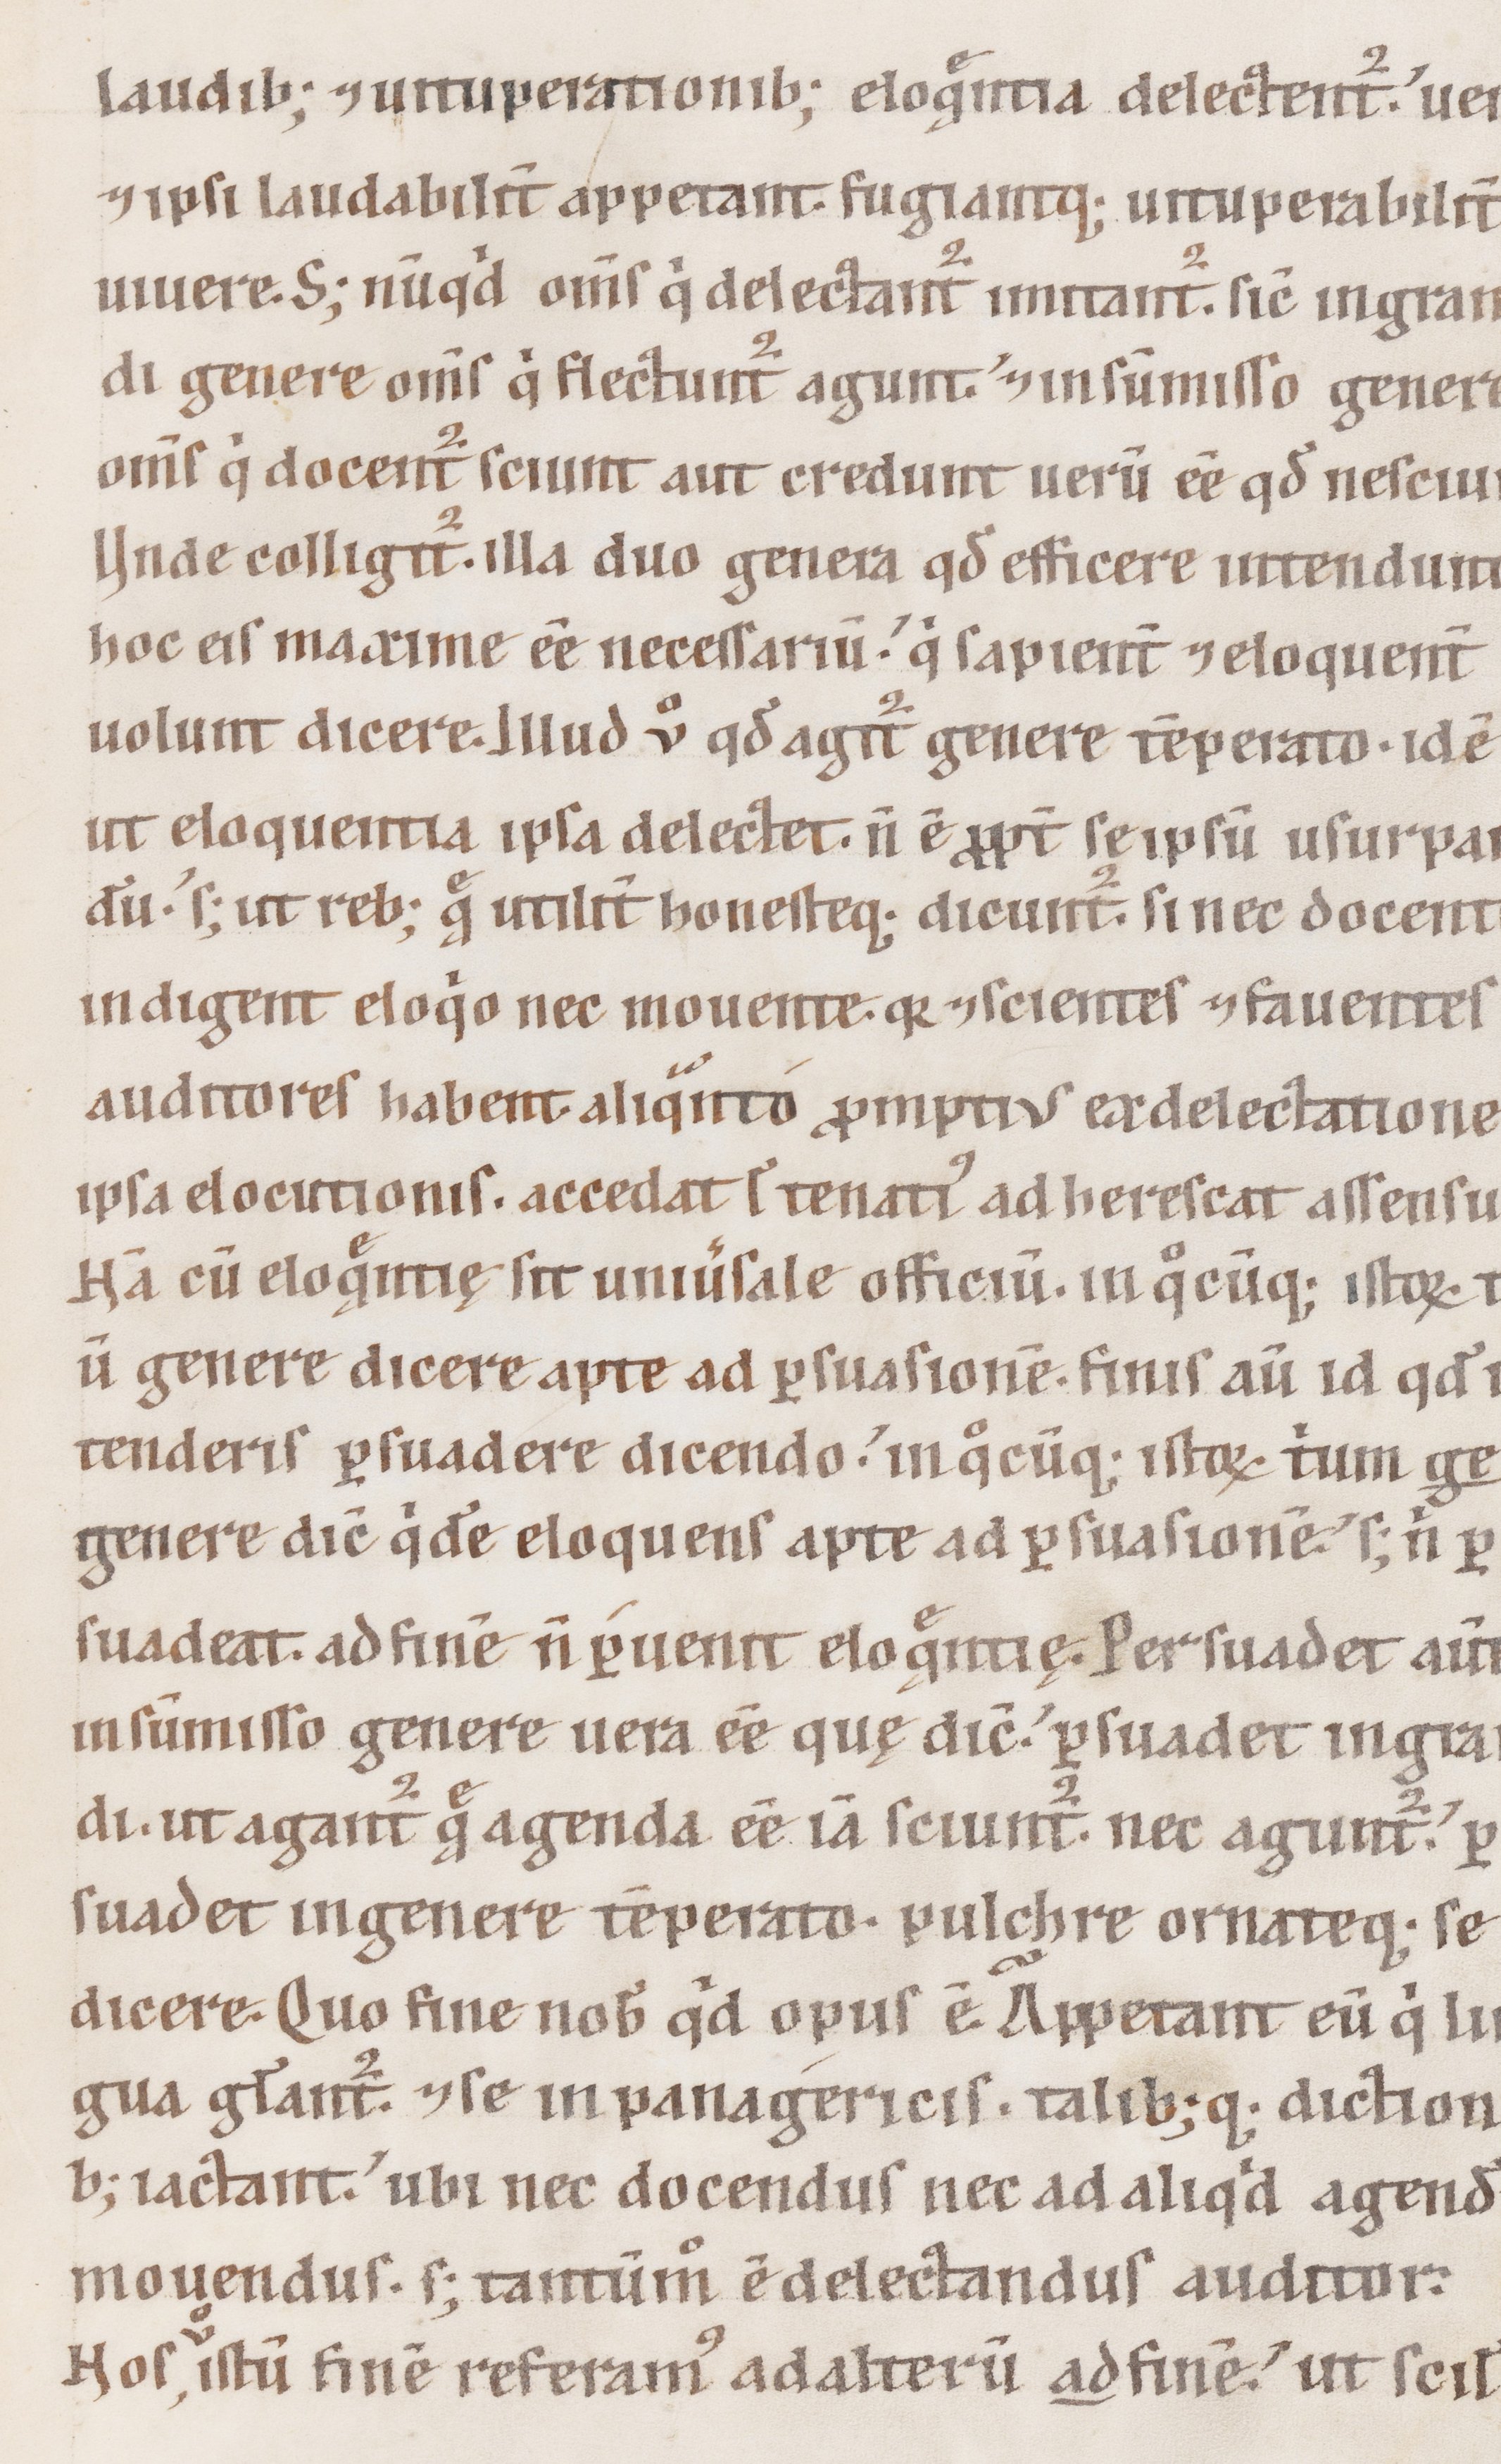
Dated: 1100–1199